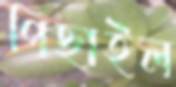
পিছাইল